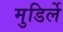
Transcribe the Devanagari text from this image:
मुडिर्ले